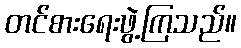
တင်စားရေးဖွဲ့ကြသည်။